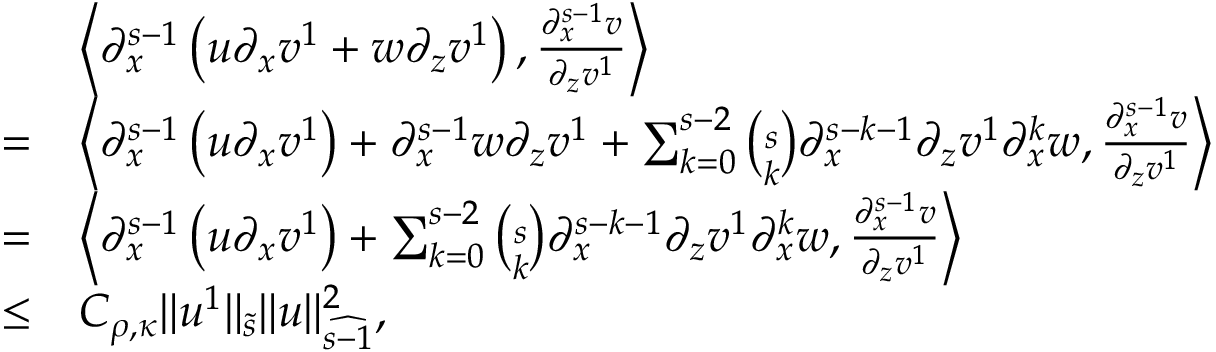
\begin{array} { r l } & { \left\langle \partial _ { x } ^ { s - 1 } \left( u \partial _ { x } v ^ { 1 } + w \partial _ { z } v ^ { 1 } \right) , \frac { \partial _ { x } ^ { s - 1 } v } { \partial _ { z } v ^ { 1 } } \right\rangle } \\ { = } & { \left\langle \partial _ { x } ^ { s - 1 } \left( u \partial _ { x } v ^ { 1 } \right) + \partial _ { x } ^ { s - 1 } w \partial _ { z } v ^ { 1 } + \sum _ { k = 0 } ^ { s - 2 } \binom { s } { k } \partial _ { x } ^ { s - k - 1 } \partial _ { z } v ^ { 1 } \partial _ { x } ^ { k } w , \frac { \partial _ { x } ^ { s - 1 } v } { \partial _ { z } v ^ { 1 } } \right\rangle } \\ { = } & { \left\langle \partial _ { x } ^ { s - 1 } \left( u \partial _ { x } v ^ { 1 } \right) + \sum _ { k = 0 } ^ { s - 2 } \binom { s } { k } \partial _ { x } ^ { s - k - 1 } \partial _ { z } v ^ { 1 } \partial _ { x } ^ { k } w , \frac { \partial _ { x } ^ { s - 1 } v } { \partial _ { z } v ^ { 1 } } \right\rangle } \\ { \leq } & { C _ { \rho , \kappa } \| u ^ { 1 } \| _ { \tilde { s } } \| u \| _ { \widehat { s - 1 } } ^ { 2 } , } \end{array}